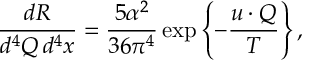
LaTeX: \frac { d R } { d ^ { 4 } Q \, d ^ { 4 } x } = \frac { 5 \alpha ^ { 2 } } { 3 6 \pi ^ { 4 } } \exp \left\{ - \frac { u \cdot Q } { T } \right\} ,